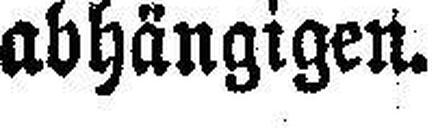
abhängigen.